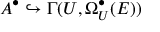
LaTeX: A ^ { \bullet } \hookrightarrow \Gamma ( U , \Omega _ { U } ^ { \bullet } ( { \cal E } ) )